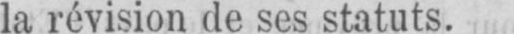
la révision de ses statuts.